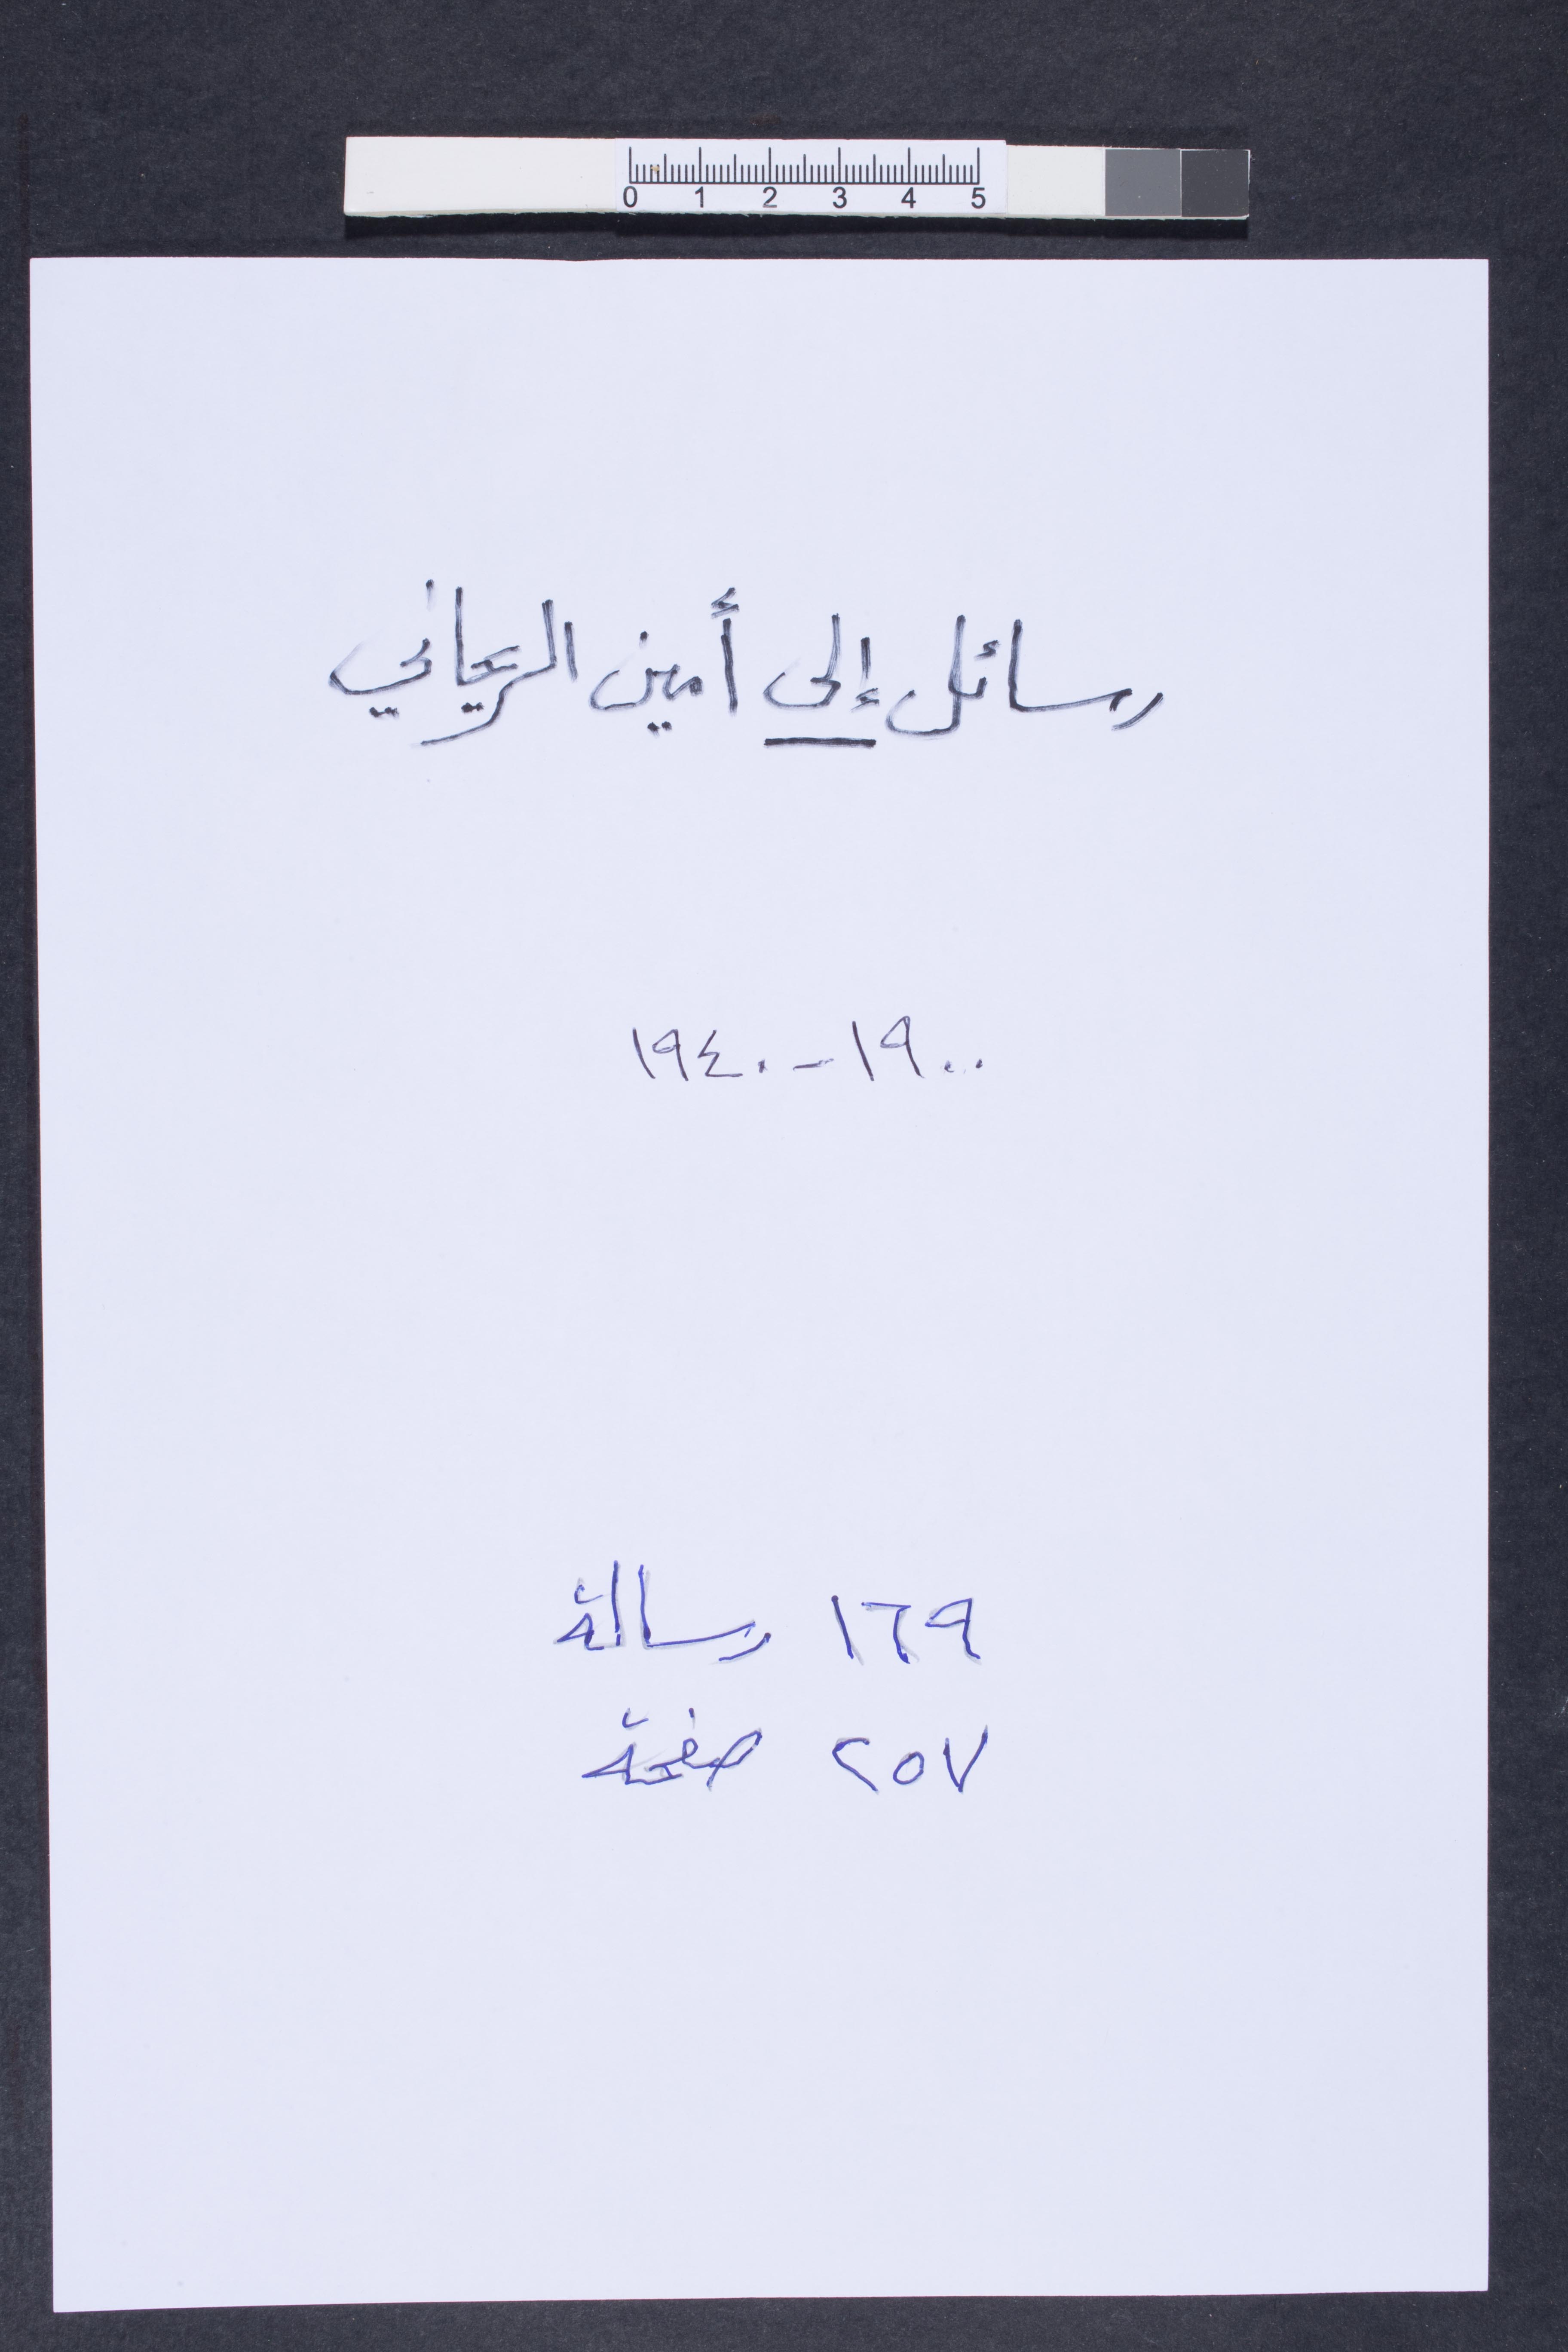
رسائل إلى أمين الريحاني
١٩٠٠ - ١٩٤٠
١٦٩ رسالة
٢٥٧ صفحة